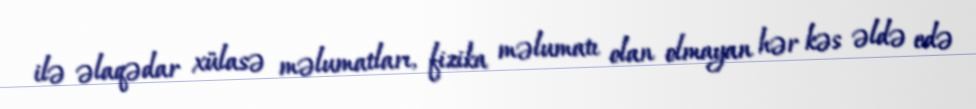
ilə əlaqədar xülasə məlumatları, fizika məlumatı olan olmayan hər kəs əldə edə